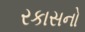
રકાસનો